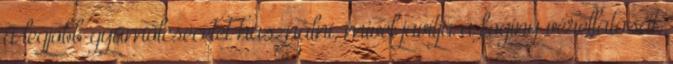
a legjobb gyümölcsecetet használni, mivel javítja a fogíny vérellátását,